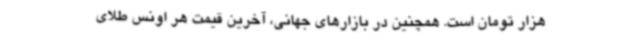
هزار تومان است. همچنین در بازارهای جهانی، آخرین قیمت هر اونس طلای